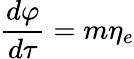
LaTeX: \frac{d\varphi}{d\tau}=m\eta_{e}